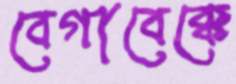
বেগাবেক্কে